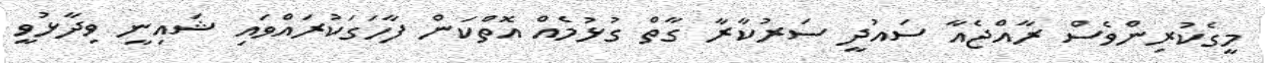
މީގެކުރިންވެސް ރާއްޖެއާ ސައުދީ ސަރުކާރާ ގާތް ގުޅުމެއް އޮތްކަން ފާހަގަކުރައްވައި ޝައިނީ ވިދާޅުވީ